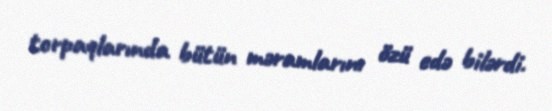
torpaqlarında bütün məramlarını özü edə bilərdi.